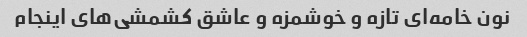
نون خامه‌ای تازه و خوشمزه و عاشق کشمشی‌های اینجام